Annual administration and progress report of the Indian Medical Department, Bombay
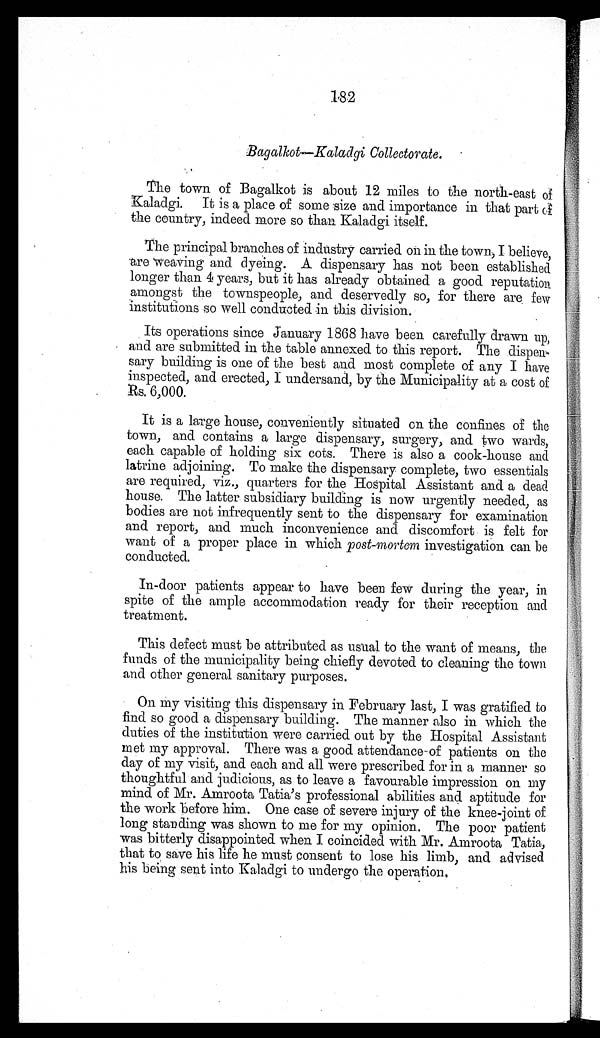
182
Bagalkot—Kaladgi Collectorate.
The town of Bagalkot is about 12 miles to the north-east of
Kaladgi. It is a place of some size and importance in that part of
the country, indeed more so than Kaladgi itself.
The principal branches of industry carried on in the town, I believe,
are weaving and dyeing. A dispensary has not been established
longer than 4 years, but it has already obtained a good reputation
amongst the townspeople, and deservedly so, for there are few
institutions so well conducted in this division.
Its operations since January 1868 have been carefully drawn up,
and are submitted in the table annexed to this report. The dispen-
sary building is one of the best and most complete of any I have
inspected, and erected, I undersand, by the Municipality at a cost of
Rs. 6,000.
It is a large house, conveniently situated on the confines of the
town, and contains a large dispensary, surgery, and two wards,
each capable of holding six cots. There is also a cook-house and
latrine adjoining. To make the dispensary complete, two essentials
are required, viz., quarters for the Hospital Assistant and a dead
house. The latter subsidiary building is now urgently needed, as
bodies are not infrequently sent to the dispensary for examination
and report, and much inconvenience and discomfort is felt for
want of a proper place in which post-mortem investigation can be
conducted.
In-door patients appear to have been few during the year, in
spite of the ample accommodation ready for their reception and
treatment.
This defect must be attributed as usual to the want of means, the
funds of the municipality being chiefly devoted to cleaning the town
and other general sanitary purposes.
On my visiting this dispensary in February last, I was gratified to
find so good a dispensary building. The manner also in which the
duties of the institution were carried out by the Hospital Assistant
met my approval. There was a good attendance-of patients on the
day of my visit, and each and all were prescribed for in a manner so
thoughtful and judicious, as to leave a favourable impression on my
mind of Mr. Amroota Tatia's professional abilities and aptitude for
the work before him. One case of severe injury of the knee-joint of
long standing was shown to me for my opinion. The poor patient
was bitterly disappointed when I coincided with Mr. Amroota Tatia,
that to save his life he must consent to lose his limb, and advised
his being sent into Kaladgi to undergo the operation.